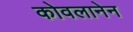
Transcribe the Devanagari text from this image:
कोवलानेन